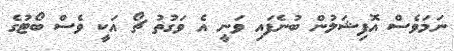
ނަމަވެސް އޮފިޝަލުން ބުނެފައި ވަނީ އެ ވަގުތު ޗޯ އަކީ ވެސް ބޯޓުގެ